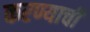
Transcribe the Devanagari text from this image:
करण्याची